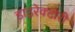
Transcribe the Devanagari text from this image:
डाइरेक्टोरी